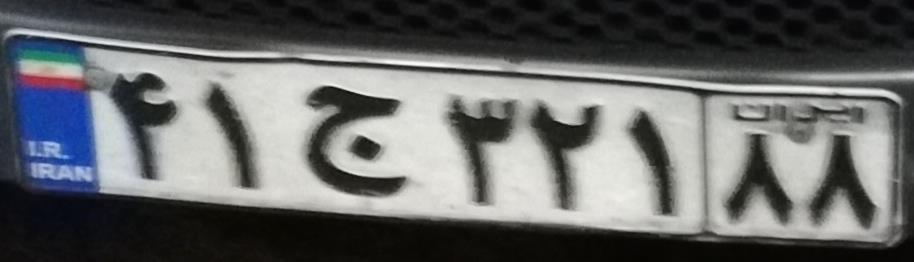
۴۱ج۳۲۱۸۸